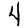
Digit: 4